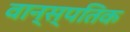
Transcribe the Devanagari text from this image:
वान्स्पतिक